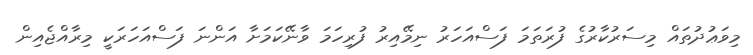
މިވަޢުދުތައް މިސަރުކާރުގެ ފުރަތަމަ ފަސްއަހަރު ނިމޭއިރު ފުރިހަމަ ވާނޭކަމަށާ އަންނަ ފަސްއަހަރަކީ މިރާއްޖެއިން